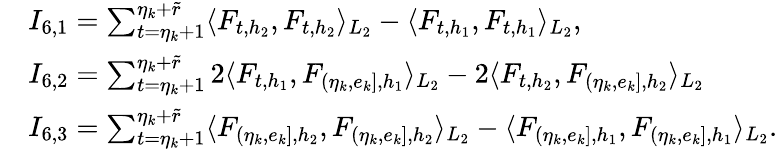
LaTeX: \begin{array}{rl}&{I_{6,1}=\sum_{t=\eta_{k}+1}^{\eta_{k}+\widetilde{r}}\langle F_{t,h_{2}},F_{t,h_{2}}\rangle_{L_{2}}-\langle F_{t,h_{1}},F_{t,h_{1}}\rangle_{L_{2}},}\\ &{I_{6,2}=\sum_{t=\eta_{k}+1}^{\eta_{k}+\widetilde{r}}2\langle F_{t,h_{1}},F_{(\eta_{k},e_{k}],{h_{1}}}\rangle_{L_{2}}-2\langle F_{t,h_{2}},F_{(\eta_{k},e_{k}],{h_{2}}}\rangle_{L_{2}}}\\ &{I_{6,3}=\sum_{t=\eta_{k}+1}^{\eta_{k}+\widetilde{r}}\langle F_{(\eta_{k},e_{k}],{h_{2}}},F_{(\eta_{k},e_{k}],{h_{2}}}\rangle_{L_{2}}-\langle F_{(\eta_{k},e_{k}],{h_{1}}},F_{(\eta_{k},e_{k}],{h_{1}}}\rangle_{L_{2}}.}\end{array}